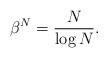
LaTeX: \begin{align*}\beta^N=\frac{N}{\log N}.\end{align*}